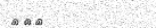
١٧٧